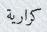
كرارية